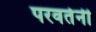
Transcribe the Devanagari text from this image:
परवर्तनी